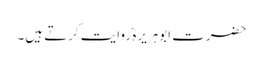
حضرت ابوہریرہؓ روایت کرتے ہیں۔